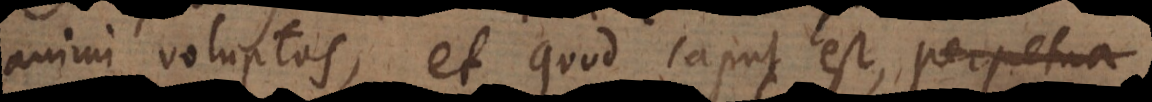
animi voluptas, et quod caput est, perpetua